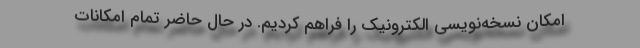
امکان نسخه‌نویسی الکترونیک را فراهم کردیم. در حال حاضر تمام امکانات